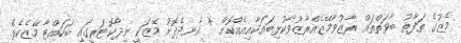
މެޒުގެ ތަފާތު ބާވަތްތައް ރާޒުވާމޭޒެއްރާޒުވާކުޅިބައަކާއިއެއްކޮށް * އެނދެދޮށު މޭޒަކީ ނިދާކޮޓަރީގައި ބަހައްޓާ މޭޒެކެވެ.